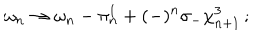
LaTeX: \omega _ { n } \to \omega _ { n } - \pi _ { n } ^ { 1 } + ( - ) ^ { n } \sigma _ { - } \chi _ { n + 1 } ^ { 3 } \, ;